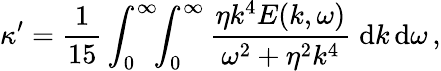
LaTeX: \kappa^{\prime}=\frac{1}{15}\int_{0}^{\infty}\! \! \int_{0}^{\infty}\frac{\eta k^{4}E(k,\omega)}{\omega^{2}+\eta^{2}k^{4}}\; \mathrm{d}{k}\, \mathrm{d}\omega\, ,